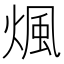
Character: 煈